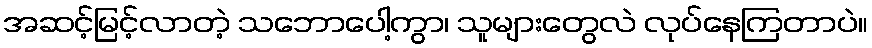
အဆင့်မြင့်လာတဲ့ သဘောပေါ့ကွာ၊ သူများတွေလဲ လုပ်နေကြတာပဲ။